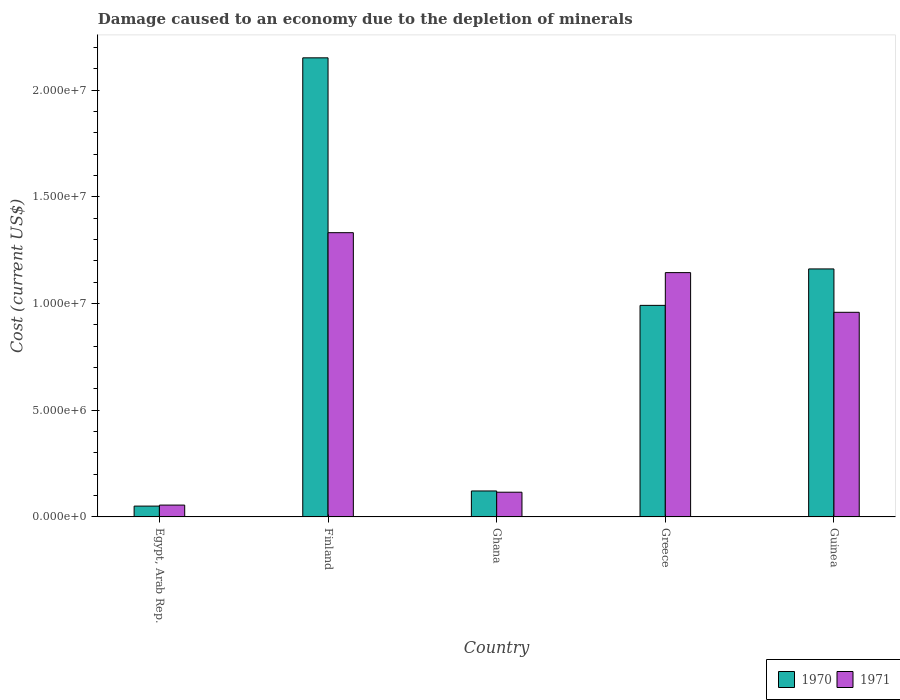
| Country | 1970 | 1971 |
 | --- | --- | --- |
 | Egypt, Arab Rep. | 5.07e+05 | 5.55e+05 |
 | Finland | 2.15e+07 | 1.33e+07 |
 | Ghana | 1.22e+06 | 1.16e+06 |
 | Greece | 9.92e+06 | 1.15e+07 |
 | Guinea | 1.16e+07 | 9.59e+06 |